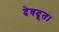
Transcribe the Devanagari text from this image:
देवदूत।